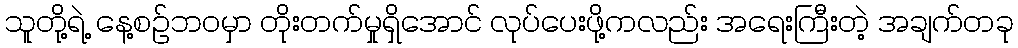
သူတို့ရဲ့ နေ့စဉ်ဘဝမှာ တိုးတက်မှုရှိအောင် လုပ်ပေးဖို့ကလည်း အရေးကြီးတဲ့ အချက်တခု